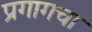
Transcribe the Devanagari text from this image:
प्रगागचा